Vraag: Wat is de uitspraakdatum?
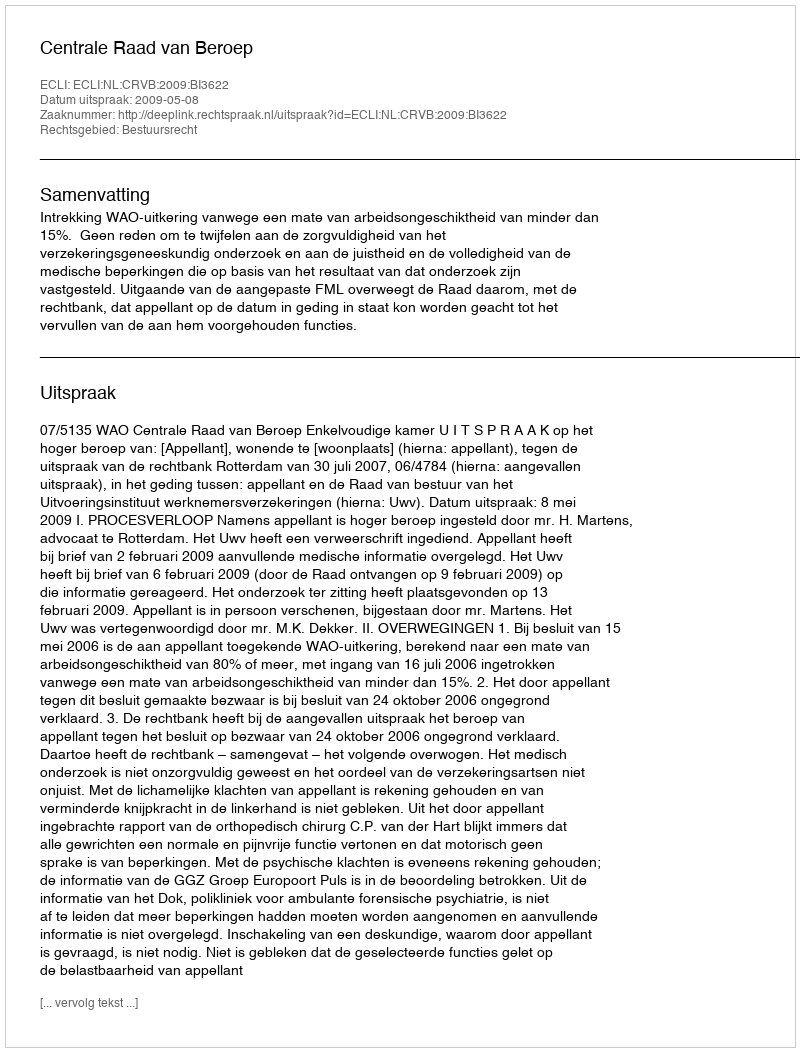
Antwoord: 2009-05-08